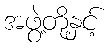
အဖွဲ့တို့နှင့်